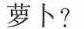
萝卜?